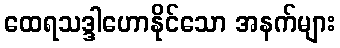
ထေရသဒ္ဒါဟောနိုင်သော အနက်များ